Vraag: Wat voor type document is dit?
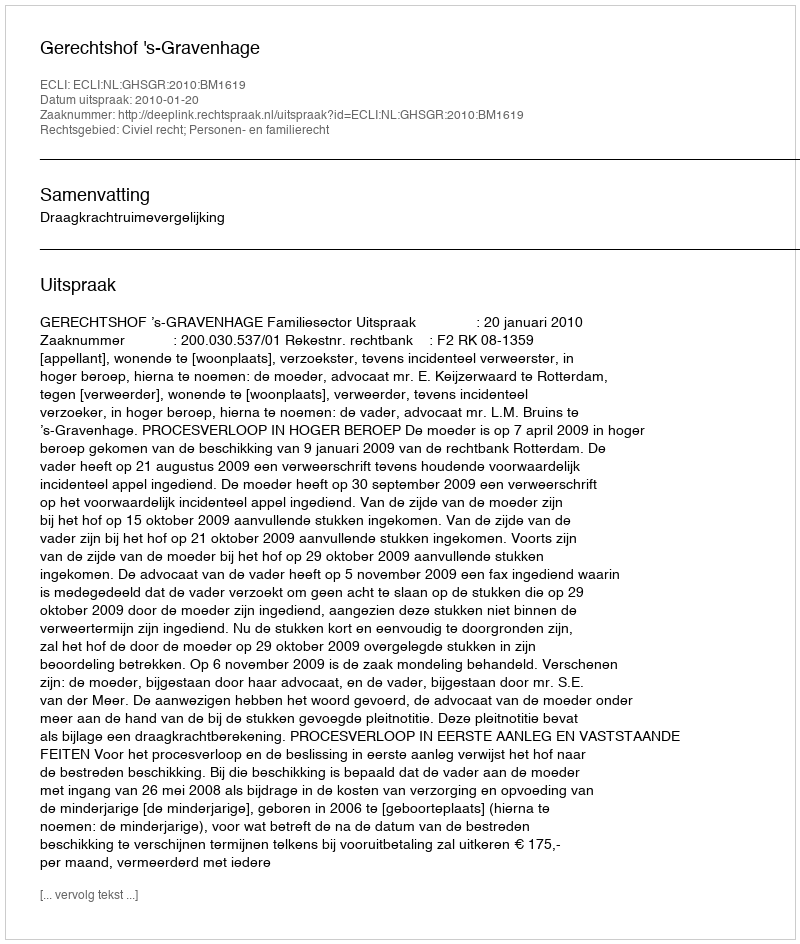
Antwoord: Uitspraak